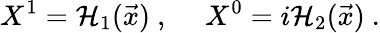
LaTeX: X^{1}={\cal H}_{1}(\vec{x})\ ,~~~~~X^{0}=i{\cal H}_{2}(\vec{x})\ .